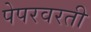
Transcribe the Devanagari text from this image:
पेपरवरती